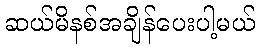
ဆယ်မိနစ်အချိန်ပေးပါ့မယ်